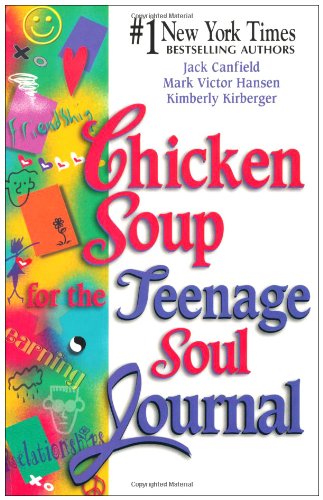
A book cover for Chicken Soup for the Teenage Soul Journal (Chicken Soup for the Soul); Jack Canfield; Teen & Young Adult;